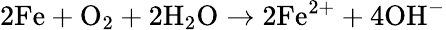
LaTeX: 2\mathrm{Fe}+\mathrm{O}_{2}+2\mathrm{H}_{2}\mathrm{O}\rightarrow 2\mathrm{Fe}^{2+}+4\mathrm{OH}^{-}